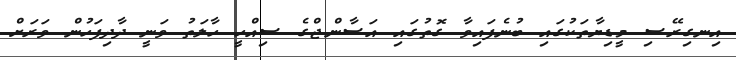
އިނގިރޭސި މީޑިޔާތަކުގައި ބުނެފައިވާ ގޮތުގައި އަސާންޖްގެ ސިއްހީ ހާލަތު ވަނީ ދާދިފަހުން ވަރަށް